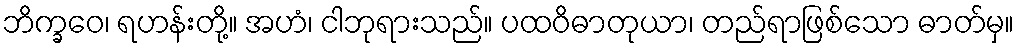
ဘိက္ခဝေ၊ ရဟန်းတို့။ အဟံ၊ ငါဘုရားသည်။ ပထဝိဓာတုယာ၊ တည်ရာဖြစ်သော ဓာတ်မှ။